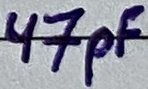
Text: 47pF